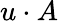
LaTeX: u\cdot A